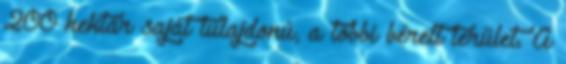
200 hektár saját tulajdonú, a többi bérelt terület. A